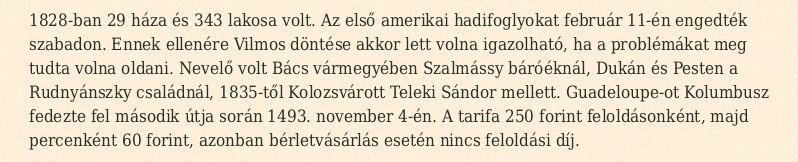
1828-ban 29 háza és 343 lakosa volt. Az első amerikai hadifoglyokat február 11-én engedték szabadon. Ennek ellenére Vilmos döntése akkor lett volna igazolható, ha a problémákat meg tudta volna oldani. Nevelő volt Bács vármegyében Szalmássy báróéknál, Dukán és Pesten a Rudnyánszky családnál, 1835-től Kolozsvárott Teleki Sándor mellett. Guadeloupe-ot Kolumbusz fedezte fel második útja során 1493. november 4-én. A tarifa 250 forint feloldásonként, majd percenként 60 forint, azonban bérletvásárlás esetén nincs feloldási díj.